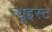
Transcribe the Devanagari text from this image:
न्यूइस्ट